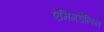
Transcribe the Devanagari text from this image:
ऐमिगडैलिन